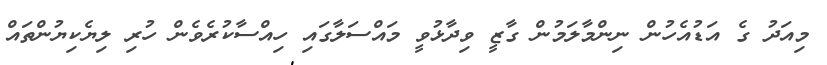
މިއަދު ގެ އަޑުއެހުން ނިންމާލަމުން ގާޒީ ވިދާޅުވީ މައްސަލާގައި ހިއްސާކުރެވެން ހުރި ލިޔެކިޔުންތައް